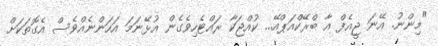
"މިންނު. އޭނަ ޖީއެފް އާ ބްރޭކްއަޕްއޭ... ކުއްޖަކާ ރައްޓެހިވެގެން އުޅޭނަމަ އަހަންނެއްވެސް އެގޮތަކަށް